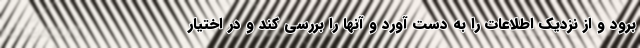
برود و از نزدیک اطلاعات را به دست آورد و آنها را بررسی کند و در اختیار